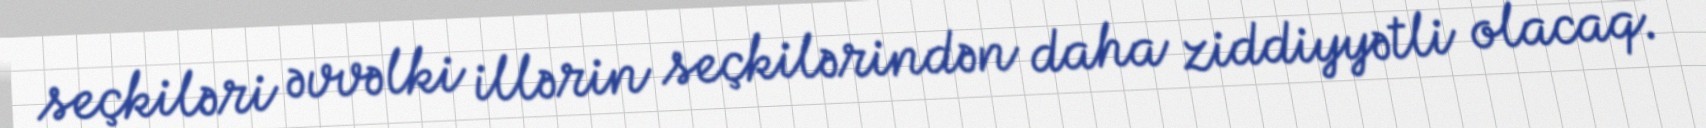
seçkiləri əvvəlki illərin seçkilərindən daha ziddiyyətli olacaq.